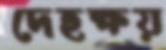
দেহক্ষয়